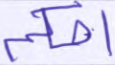
احكم